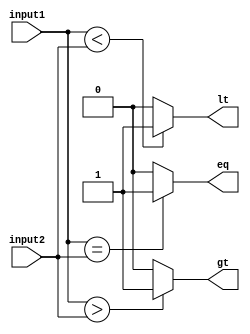
module comparator(
    input [31:0] input1,
    input [31:0] input2,
    output eq, // equal output
    output gt, // greater than output
    output lt // less than output
);

assign eq = (input1 == input2) ? 1'b1 : 1'b0; // check if inputs are equal
assign gt = (input1 > input2) ? 1'b1 : 1'b0; // check if input1 is greater than input2
assign lt = (input1 < input2) ? 1'b1 : 1'b0; // check if input1 is less than input2

endmodule